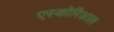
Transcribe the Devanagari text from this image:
एस्कोरिआल